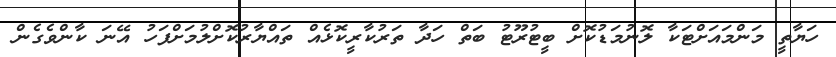
ހަޔާތީ މަންމައަށްޓަކާ ލޮނުމަޑުކޮށް ބީޓުރޫޓު ބަތް ހަދާ ތަރުކާރީކޮޅެއް ތައްޔާރުކޮށްލުމަށްފަހު އޭނަ ކާންވެގެން